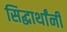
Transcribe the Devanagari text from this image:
सिद्धार्थांनी